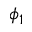
\phi _ { 1 }